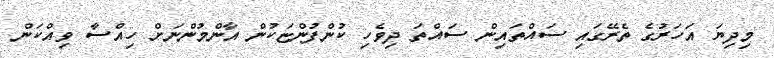
މިދިޔަ އަހަރުގެ ތެރޭގައި ސައްތައިން ސައްތަ ދިވެހި ކުންފުންޏަކުން އާންމުންނަށް ހިއްސާ ވިއްކަން